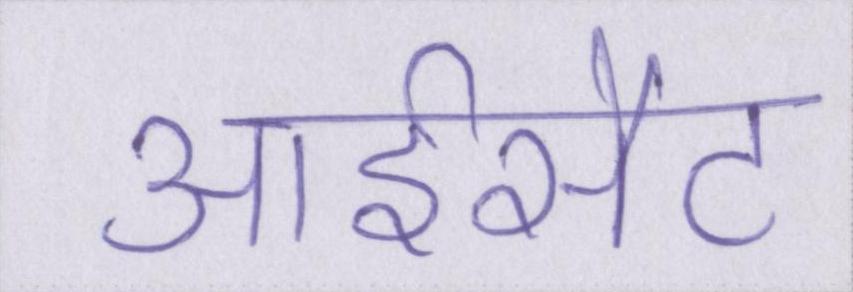
आईसैट